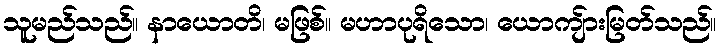
သူမည်သည်။ နာယောတိ၊ မဖြစ်။ မဟာပုရိသော၊ ယောကျ်ားမြတ်သည်။